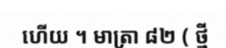
ហើយ ។ មាត្រា ៨២ ( ថ្មី